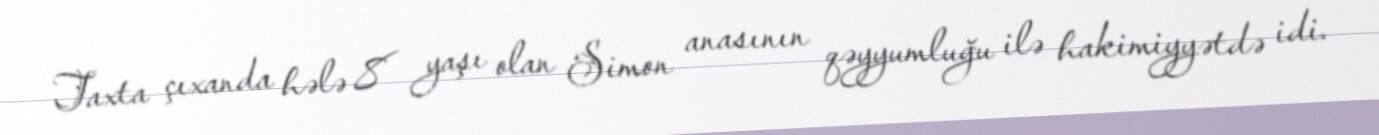
Taxta çıxanda hələ 8 yaşı olan Simon anasının qəyyumluğu ilə hakimiyyətdə idi.